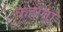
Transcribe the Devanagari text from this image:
कहोता